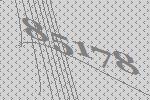
85178